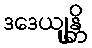
ဒဒေယျုန္တိ